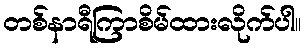
တစ်နာရီကြာစိမ်ထားလိုက်ပါ။